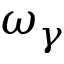
\omega _ { \gamma }